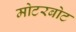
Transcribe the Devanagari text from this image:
मोटरबोट